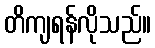
တိကျရန်လိုသည်။